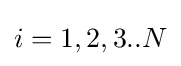
i=1,2,3..N